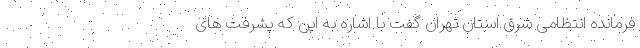
فرمانده انتظامی شرق استان تهران گفت با اشاره به این ‌که پشرفت های